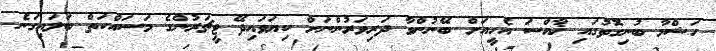
ހަޝްމާ ބުނިގޮތުގައި ޚާއްސަ އެހީއަށް ބޭނުންވާ ދަރިވަރުންނަށް ކިޔަވައިދޭ ޓީޗަރުންގެ މަސައްކަތް ބަލައިގަނެ